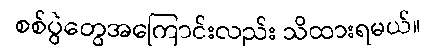
စစ်ပွဲတွေအကြောင်းလည်း သိထားရမယ်။